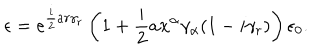
LaTeX: \epsilon = e ^ { \frac { i } { 2 } a r \gamma _ { r } } \left( 1 + \frac { i } { 2 } a x ^ { \alpha } \gamma _ { \alpha } ( 1 - i \gamma _ { r } ) \right) \epsilon _ { 0 } .